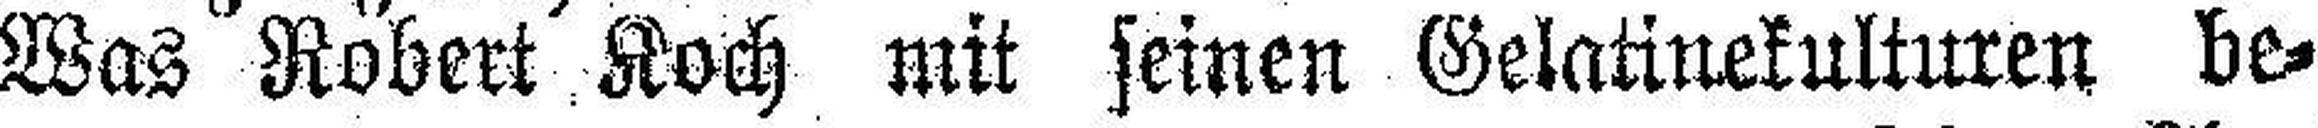
Was Robert Koch mit seinen Gelatinekulturen be¬